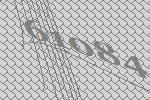
61084